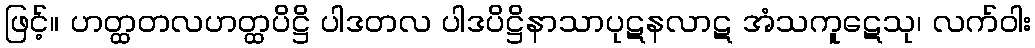
ဖြင့်။ ဟတ္ထတလဟတ္ထပိဋ္ဌိ ပါဒတလ ပါဒပိဋ္ဌိနာသာပုဋနလာဋ အံသကူဋေသု၊ လက်ဝါး